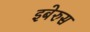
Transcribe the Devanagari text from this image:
इबेरुस